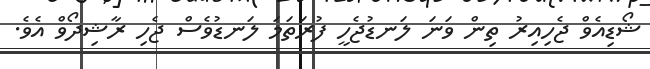
ޝޯޑިއެވް ޖެހިއިރު ތިން ވަނަ ލަނޑުޖެހީ ފުރަތަމަ ލަނޑުވެސް ޖެހި ރާޝިދޯވް އެވެ.